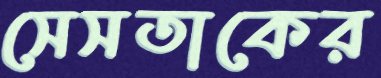
সেসতাকের